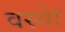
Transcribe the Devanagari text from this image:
वस्थाे